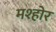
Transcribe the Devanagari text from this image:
मश्होर